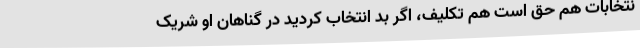
نتخابات هم حق است هم تکلیف، اگر بد انتخاب کردید در گناهان او شریک